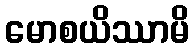
မောစယိဿာမိ